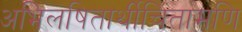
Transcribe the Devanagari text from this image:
अभिलषितार्थीचिंतामणि